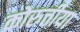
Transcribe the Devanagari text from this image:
कोरुत्तीया